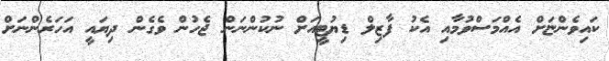
ކައިވެންޏަށް އެއްމަސްވުމާއި އެކު ފާޒިލް ޑިޔުޓީއަށް ނުކުންނަން ޖެހުން ވެގެން ދިޔައީ އަހަރެންނަށް